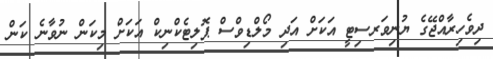
ދިވެހިރާއްޖޭގެ ޔުނިވަރސިޓީ އަކަށް އަދި މޯލްޑިވްސް ޕޮލިޓެކްނިކް އަކަށް މިކަން ނުވާނެ ކަން